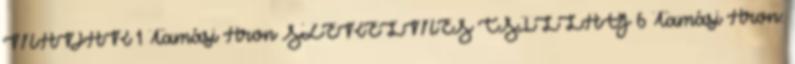
MADÁR 1 Tamási Áron SZERELMES CSILLAG 6 Tamási Áron: